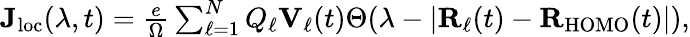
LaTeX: \begin{array}{r}{\mathbf{J}_{\mathrm{loc}}(\lambda,t)=\frac{e}{\Omega}\sum_{\ell=1}^{N}Q_{\ell}\mathbf{V}_{\ell}(t)\Theta(\lambda-|\mathbf{R}_{\ell}(t)-\mathbf{R}_{\mathrm{HOMO}}(t)|),}\end{array}